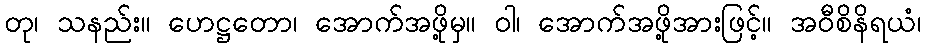
တု၊ သနည်း။ ဟေဋ္ဌတော၊ အောက်အဖို့မှ။ ဝါ၊ အောက်အဖို့အားဖြင့်။ အဝီစိနိရယံ၊